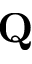
\mathbf { Q }